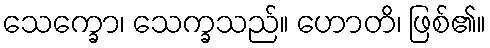
သေက္ခော၊ သေက္ခသည်။ ဟောတိ၊ ဖြစ်၏။